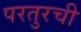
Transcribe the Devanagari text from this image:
परतुरची